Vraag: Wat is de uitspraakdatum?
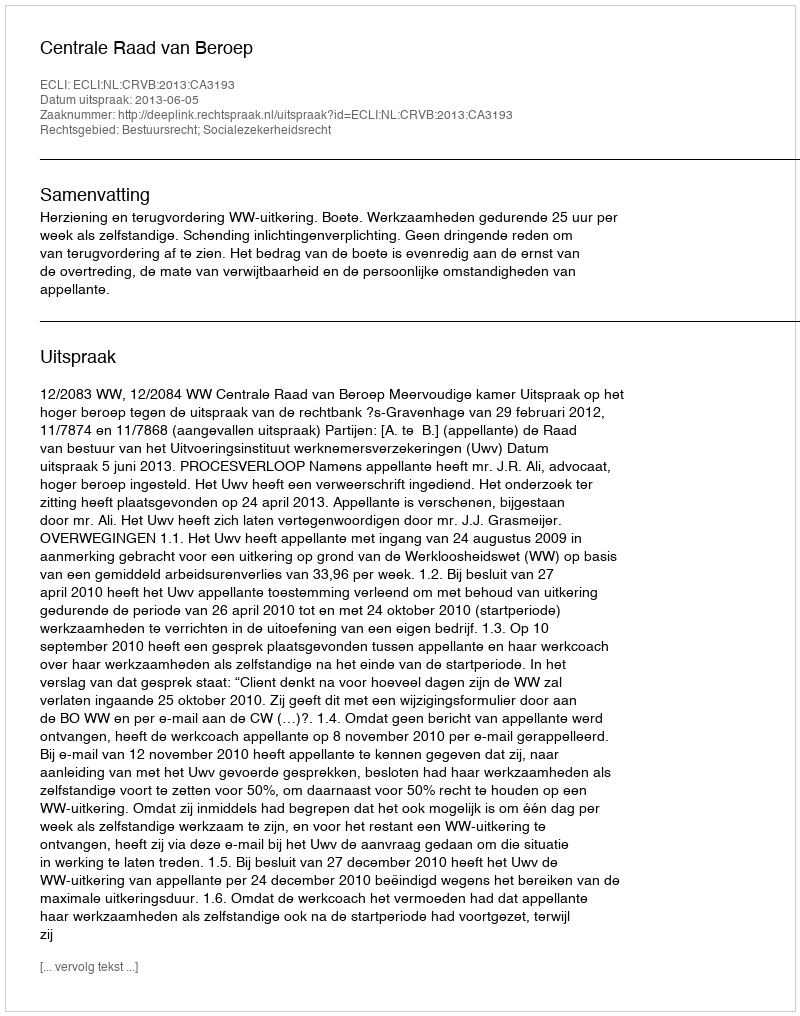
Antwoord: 2013-06-05